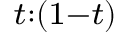
\scriptstyle t : ( 1 - t )